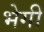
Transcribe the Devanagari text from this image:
भेगी